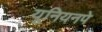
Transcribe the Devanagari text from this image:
यूनियनपे